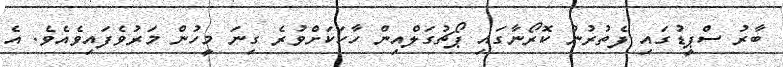
ބާރު ސްޕީޑުގައި ފެތުރުނު ކޮރޯނާގައި ޕޯޗުގަލްއިން ހާހަކަށްވުރެ ގިނަ މީހުން މަރުވެފައިވެއެވެ. އެ